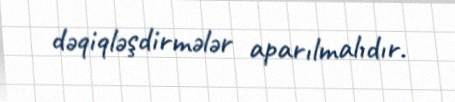
dəqiqləşdirmələr aparılmalıdır.